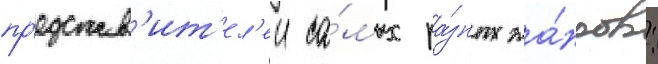
пр'едстав'ит'ел'еи са́мых ра́зных жа́нров: